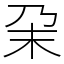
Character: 㭆